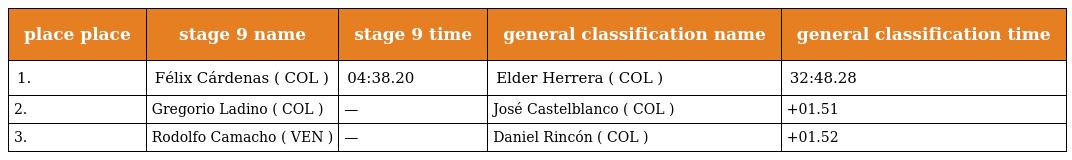
| place place | stage 9 name | stage 9 time | general classification name | general classification time |
 | --- | --- | --- | --- | --- |
 | 1. | Félix Cárdenas ( COL ) | 04:38.20 | Elder Herrera ( COL ) | 32:48.28 |
 | 2. | Gregorio Ladino ( COL ) | — | José Castelblanco ( COL ) | +01.51 |
 | 3. | Rodolfo Camacho ( VEN ) | — | Daniel Rincón ( COL ) | +01.52 |